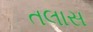
તલાસ